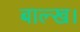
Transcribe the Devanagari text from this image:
बाल्ख।